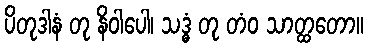
ပိတုဒါနံ တု နိဝါပေါ၊ သဒ္ဓံ တု တံဝ သာတ္ထတော။